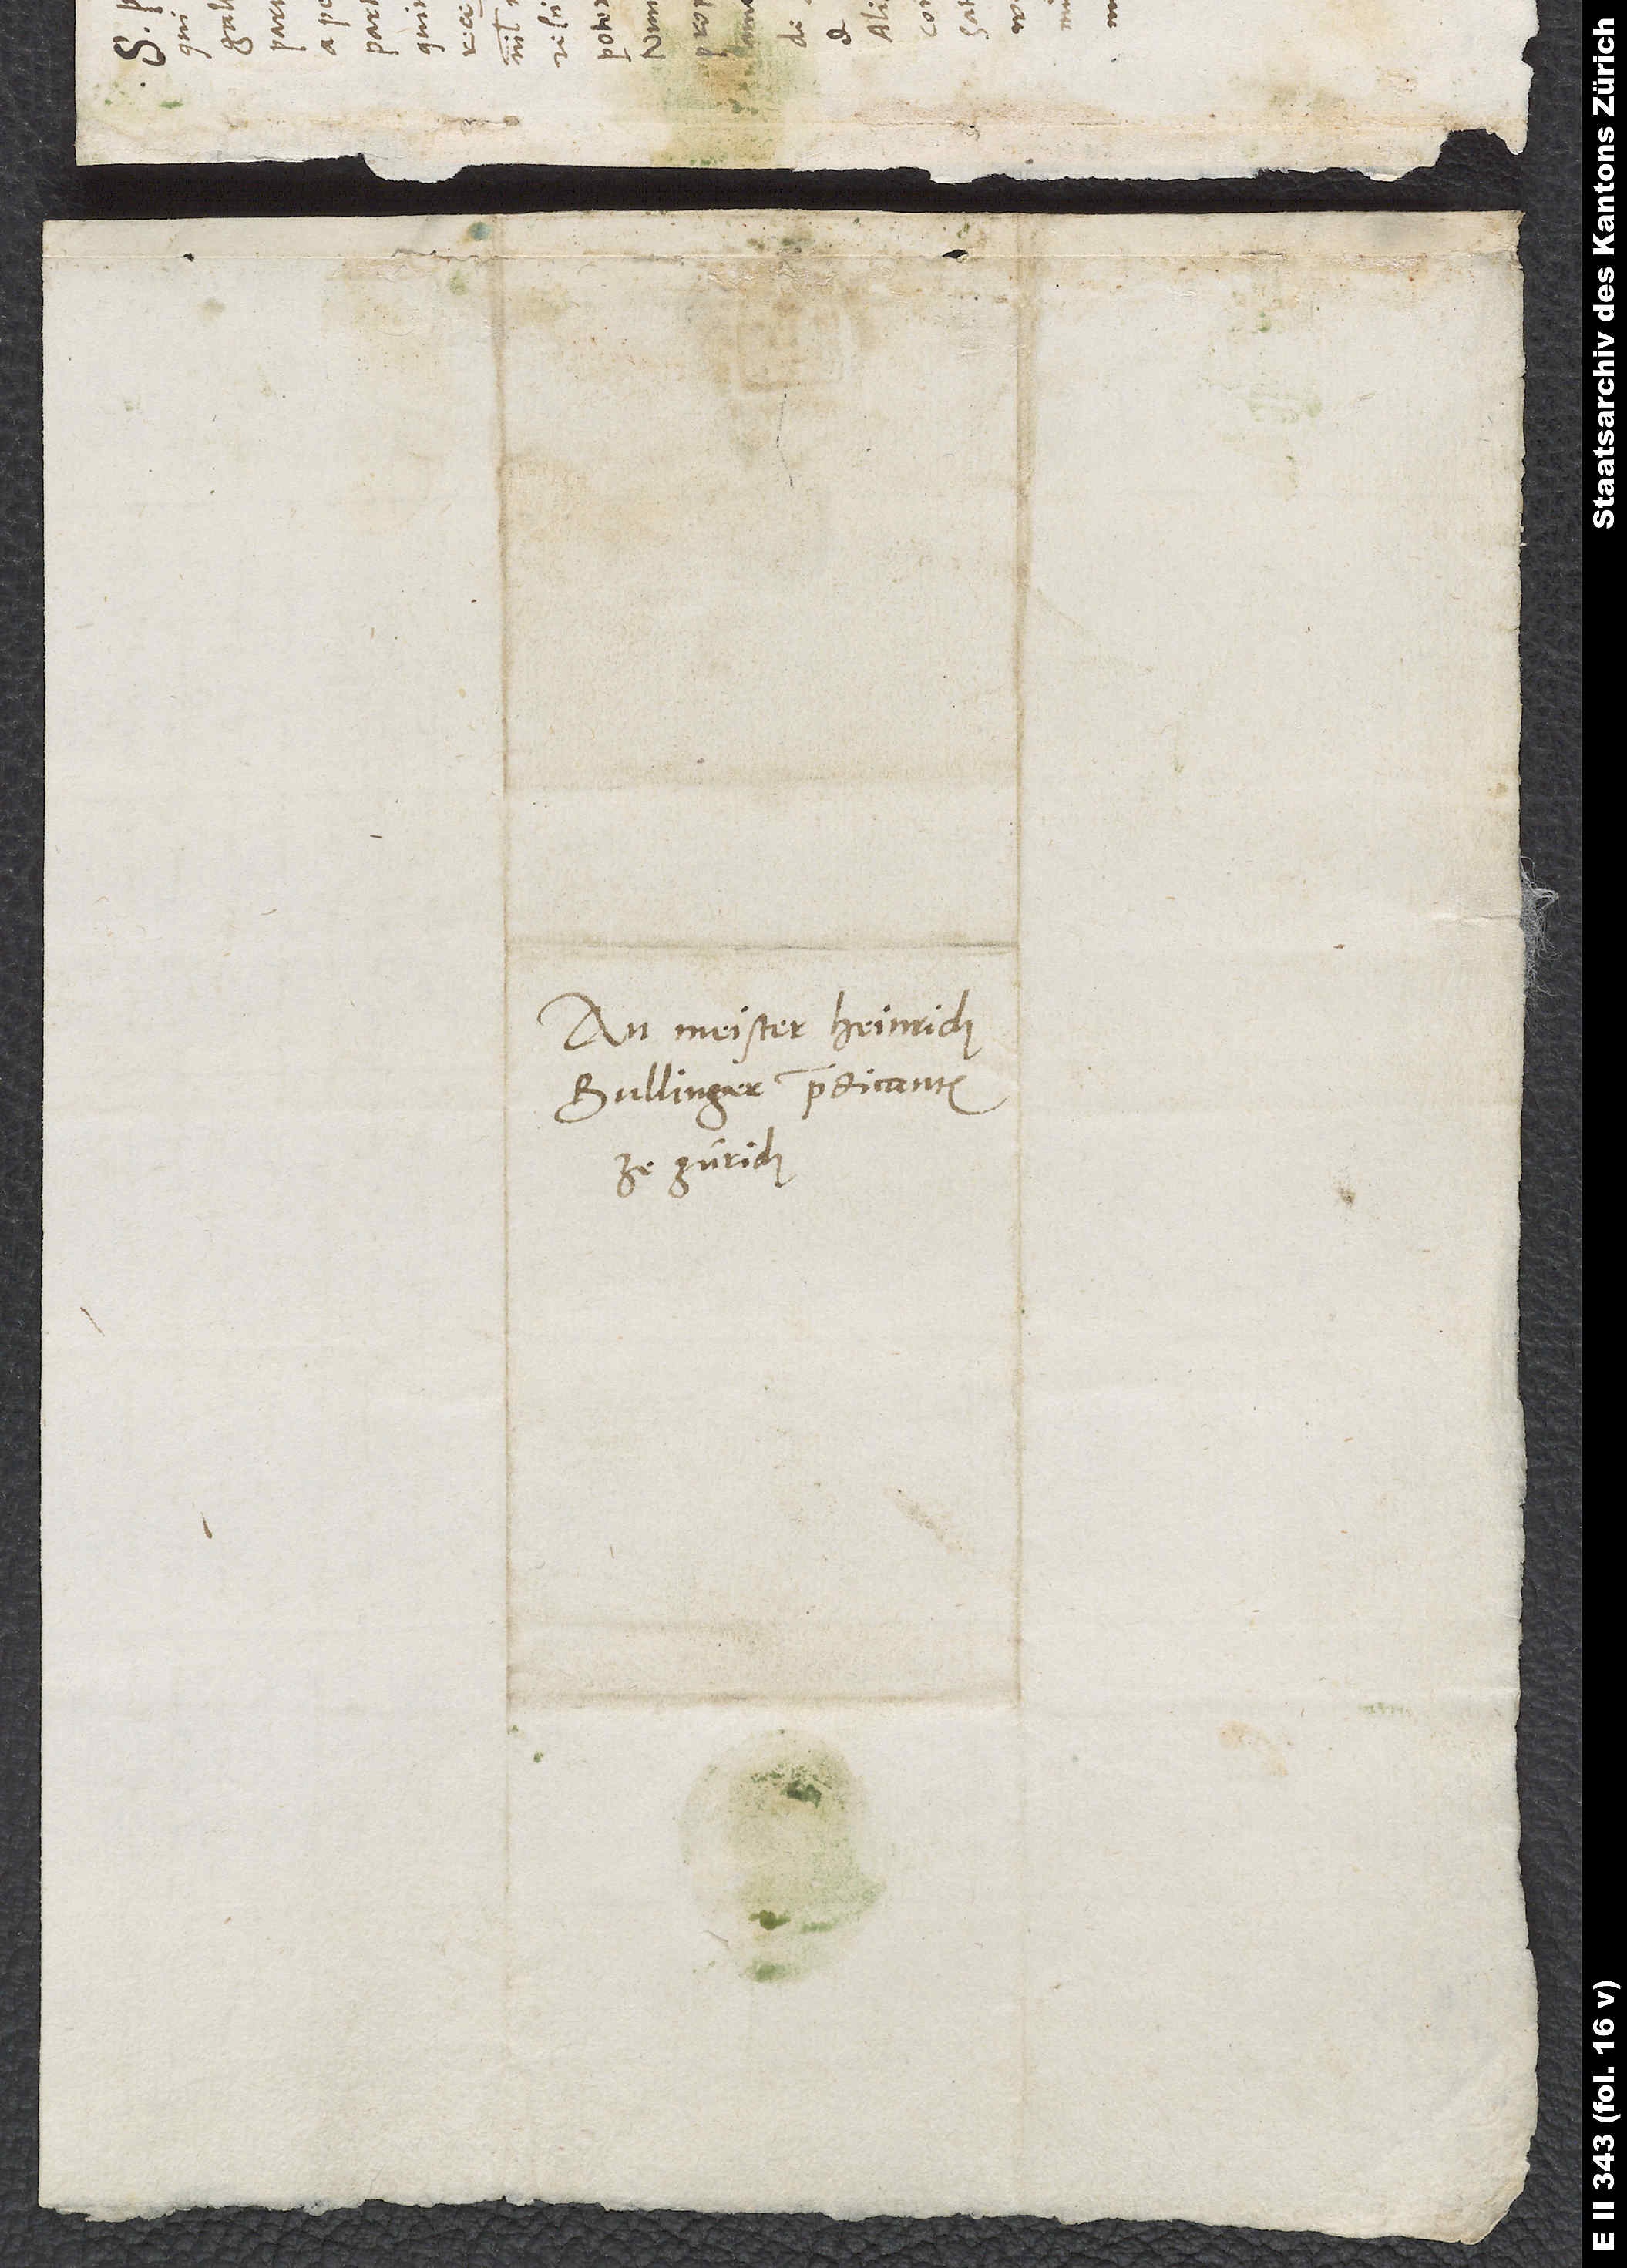
An Meister Heinrich
Bullinger, predicanten
ze Zürich.